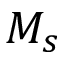
M _ { s }